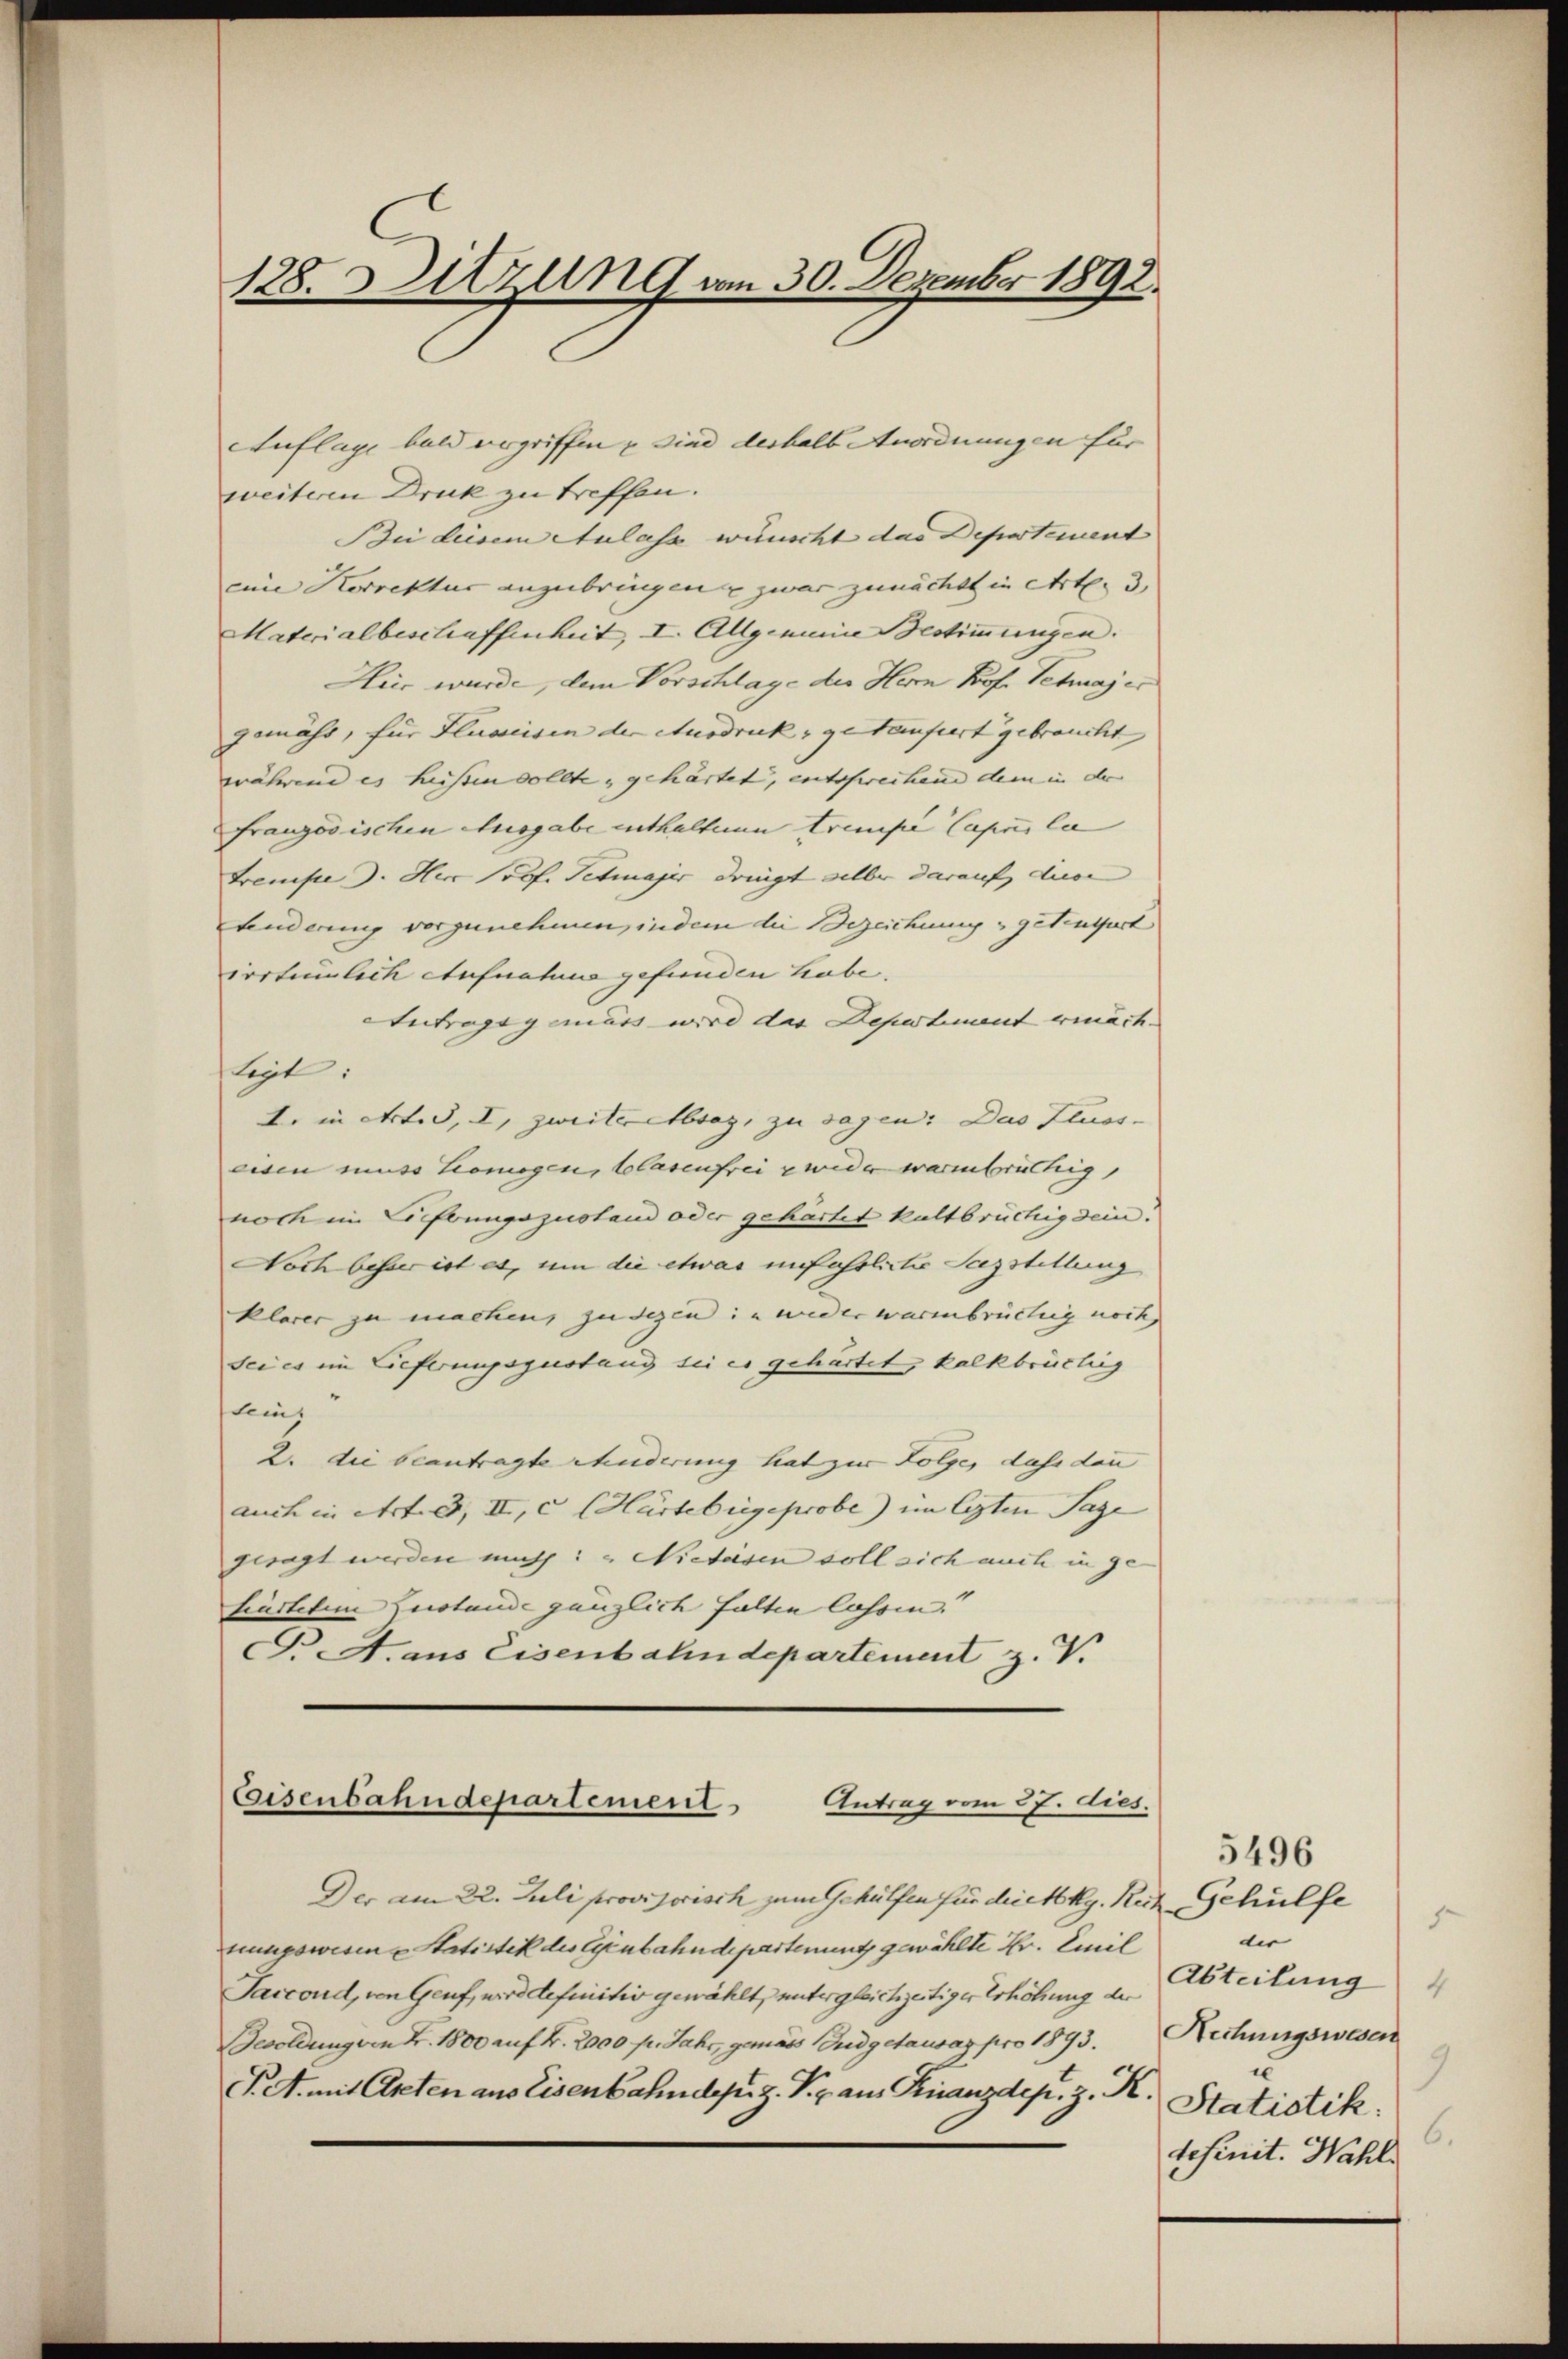
128. Sitzung vom 30. Dezember 1892.

Auflage bald vergriffen, sind deshalb Anordnungen für
weiteren Druck zu treffen.
Bin diesem Aulass wünscht das Departement |
eine Korrektur anzubringen zwar zunächst in Art. 3.
Materialbeschaffenheit, I. Allgemeine Bestimmungen.
Heer wurde, dem Vorschlage der Herrn Prof. Schajes
gemäss, für Fluweisen der Ausdruck, getaufiert gebraucht
während es heissen sollte, gehärtet, entsfreihend dem in der
französischen Ausgabe enthalten trampe Capus la
Freude d. Hen Prof. Schwager dringt selber darauf, diese |
Linderung vorzunehmen, indem die Bezeichung getrafurt
irrtümlich Aufnahme gefunden habe.
Antragsgemäss wird das Depostenant ermäch- |
ftigt.
E. in Art. 3, I, zweiteretbsag, zu sagen: Das Fluss-
eisen muss Liomogen, Blasenfrei zwider warmbrüchig,
noch im Liftungszustand oder gehärtet kaltbrüchig sein:
Noch besser ist es, um die etwas unfasslicher Seezstellung
klarer zu machen, zu dezen: wieder warmbrüchig noch,
sei es im Geferungsgestand sei es gehärtet, kalkbrüchig
sein,
2. die beantragte Chuderung hat zur Folge, dass dann
auch in Art. 2, II, c HHürtebrige probe) im legten Tage
gesagt werden mich: „Nietesen soll sich auch in ge-
hinstetem Zustande gänzlich falten lassen.
G. A. aus Eisenbahndepartement z. V.

Eisenbahndepartement
Antrag vom 27. dies.

Der am 22. Juli provisorisch zum Gehülfen für dick kg. Rech Gehülfe
nungswesen Statistik der Ggenbahndepartenuntz gewählte Hr. Emil
Saccond, von Genf, wird definitiv gewählt, untergleichzeitiger Erhöhung der
Besoldung von Fr. 1800 auf Fr. 2000 pr. Jahr, gemäss Budgetausaz pro 1893.
Pet. mit Arten aus Eisenbahndepriz. Pr. aus Kinanzdep. z. K.

5496
x
die |
Abteilung
4
Rechungswesen
9
u
Statistik.
6.
definit. Wahl